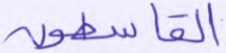
القاسطون